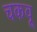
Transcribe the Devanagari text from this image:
चकवू